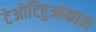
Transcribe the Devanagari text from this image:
टेओटिहुआकान